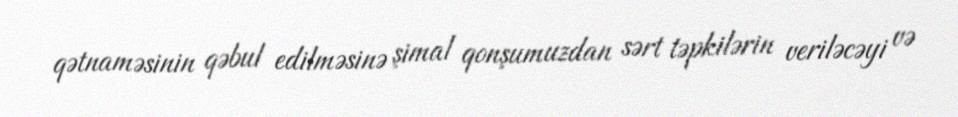
qətnaməsinin qəbul edilməsinə şimal qonşumuzdan sərt təpkilərin veriləcəyi və